Jaan_Tonisson_(Lasteleht), lk 340
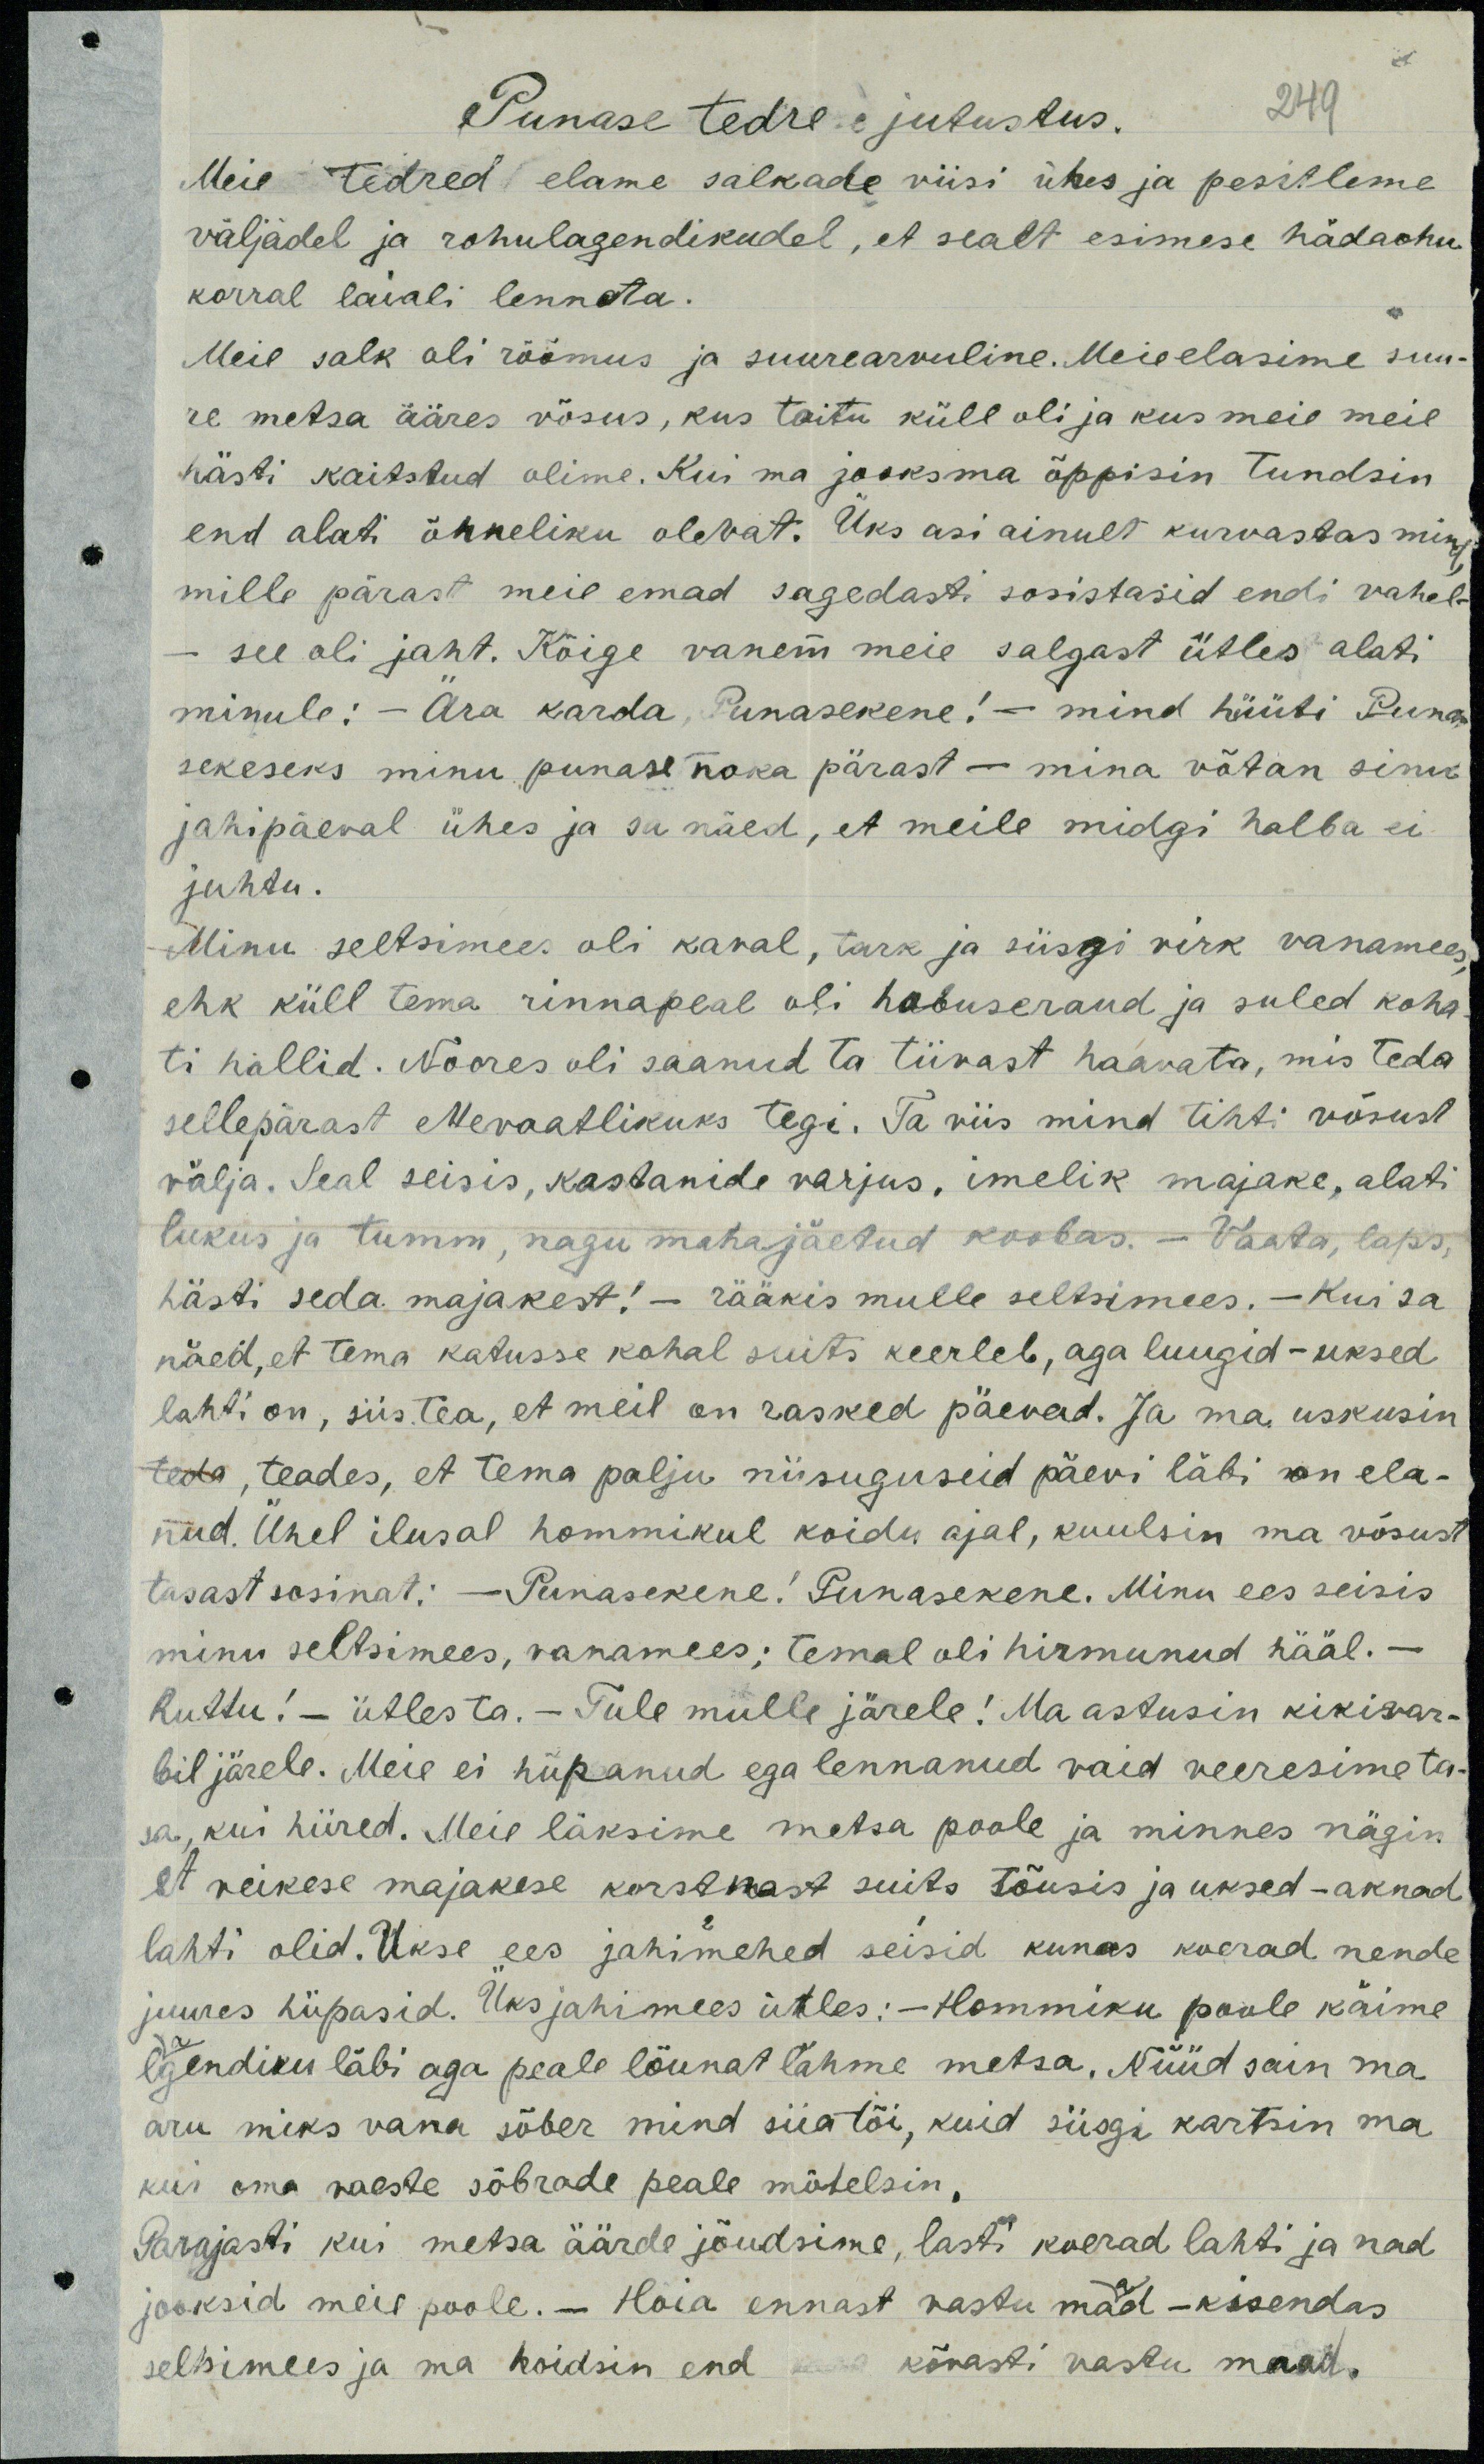
Punase tedre jutustus.
249
Meie tedred elame salkade viisi ühes ja pesitleme
väljadel ja rohulagendikudel, et sealt esimese hädaohu
korral laiali lennata.
Meie salk oli rõõmus ja suurearvuline. Meie elasime suu-
re metsa ääres võsus, kus toitu küll oli ja kus meie meie
hästi kaitstud olime. Kui ma jooksma õppisin tundsin
end alati õnneliku olevat. Üks asi ainult kurvastas mind
mille pärast meie emad sagedasti sosistasid endi vahel-
- see oli jaht. Kõige vanem meie salgast ütles alati
minule: - Ära karda, Punasekene! - mind hüüti Puna
sekeseks minu punase noka pärast - mina võtan sinu
jahipäeval ühes ja sa näed, et meile midgi halba ei
juhtu.
Minu seltsimees oli kaval, tark ja siisgi virk vanamees,
ehk küll tema rinnapeal oli hobuseraud ja suled koha
ti hallid. Noores oli saanud ta tiivast haavata, mis teda
sellepärast ettevaatlikuks tegi. Ta viis mind tihti võsust
välja. Seal seisis, kastanide varjus, imelik majake, alati
lukus ja tumm, nagu mahajäetud koobas. - Vaata, laps,
hästi seda majakest! - rääkis mulle seltsimees. - Kui sa
näed, et tema katusse kohal suits keerleb, aga luugid - uksed
lahti on, siis tea, et meil on rasked päevad. Ja ma uskusin
teda, teades, et tema palju niisuguseid päevi läbi on ela-
nud. Ühel ilusal hommikul koidu ajal, kuulsin ma võsust
tasast sosinat: - Punasekene! Punaseke. Minu ees seisis
minu seltsimees, vanamees; temal oli hirmunud hääl. -
ruttu! - ütles ta. - Tule mulle järele! Ma astusin kikivar-
bil järele. Meie ei hüpanud ega lennanud vaid veeresime ta-
sa, kui hiired. Meie läksime metsa poole ja minnes nägin
et reikese majakese korstkast suits tõusis ja uksed - aknad
lahti olid. Ukse ees jahimehed seisid kunas koerad nende
juures hüpasid. Üks jahimees ütles: - Hommiku poole käime
lagendiku läbi aga peale lõunat lähme metsa. Nüüd sain ma
aru miks vana sõber mind siia tõi, kuid siisgi kartsin ma
kui oma vaeste sõbrade peale mõtelsin,
Parajasti kui metsa äärde jõudsime, lasti koerad lahti ja nad
jooksid meie poole. - Hoia ennast vastu maad - kisendas
seltsimees ja ma hoidsin end kõvasti vastu maad-